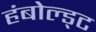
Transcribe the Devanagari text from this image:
हंबोल्ड्ट